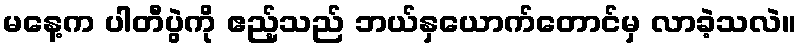
မနေ့က ပါတီပွဲကို ဧည့်သည် ဘယ်နှယောက်တောင်မှ လာခဲ့သလဲ။